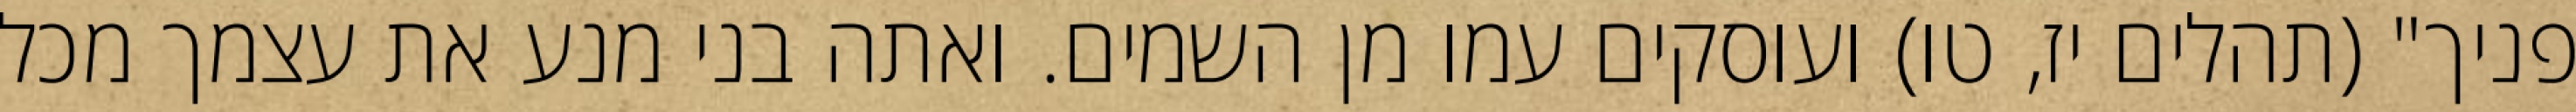
פניך" (תהלים יז, טו) ועוסקים עמו מן השמים. ואתה בני מנע את עצמך מכל